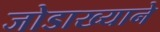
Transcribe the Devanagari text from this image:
जोडाख्याने